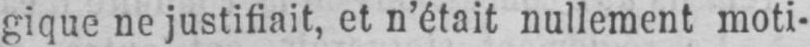
gique ne justifiait, et n’était nullement moti-